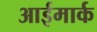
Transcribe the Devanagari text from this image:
आईमार्क